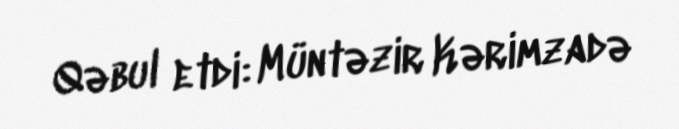
Qəbul etdi: Müntəzir Kərimzadə